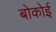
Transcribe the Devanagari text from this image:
बोकोई